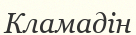
Кламадін